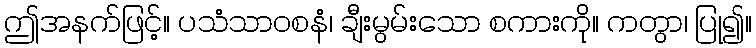
ဤအနက်ဖြင့်။ ပသံသာဝစနံ၊ ချီးမွမ်းသော စကားကို။ ကတွာ၊ ပြု၍။